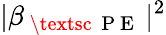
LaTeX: |\beta_{\mathrm{~\textsc~{~P~E~}~}}|^{2}